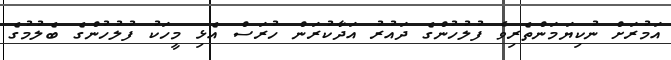
އަމުރަށް ނުކިޔަމަންތެރިވެ ފުލުހުންގެ ދައުރު އަދާކުރަން ހުރަސް އެޅި މީހަކު ފުލުހުންގެ ބެލުމުގެ